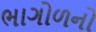
ભાગોળનો